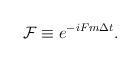
LaTeX: \begin{align*}\mathcal{F} \equiv e^{-iFm \Delta t}.\end{align*}